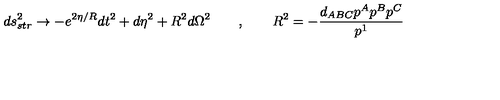
d s _ { s t r } ^ { 2 } \rightarrow - e ^ { 2 \eta / R } d t ^ { 2 } + d \eta ^ { 2 } + R ^ { 2 } d \Omega ^ { 2 } \qquad , \qquad R ^ { 2 } = - { \frac { d _ { A B C } p ^ { A } p ^ { B } p ^ { C } } { p ^ { 1 } } }